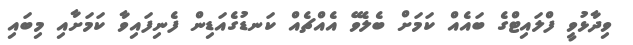
ވިދާޅުވީ ފްލައިޓްގެ ބައެއް ކަމަށް ބެލެވޭ އެއްޗެއް ކަނޑުގެއަޑިން ފެނިފައިވާ ކަމަށާއި މިބައި